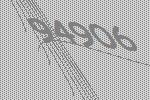
94906